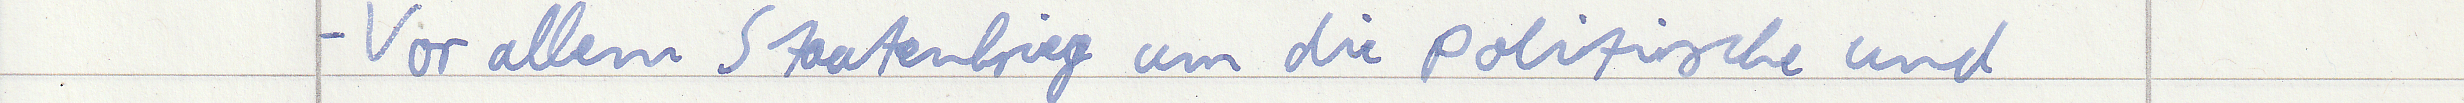
- Vor allem Staatenkrieg um die politische und